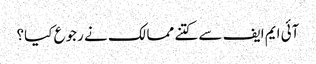
آئی ایم ایف سے کتنے ممالک نے رجوع کیا؟